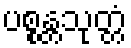
ပစ္စန္တသုတ္တံ